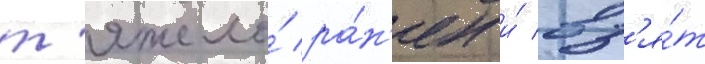
т'яжело́ ра́н'ен и́ вз'я́т